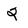
Character: 2